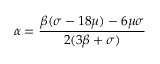
\alpha = \frac { \beta ( \sigma - 1 8 \mu ) - 6 \mu \sigma } { 2 ( 3 \beta + \sigma ) }